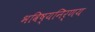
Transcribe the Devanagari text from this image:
भविष्यनिर्णय